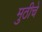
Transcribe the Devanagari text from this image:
मुठीचे